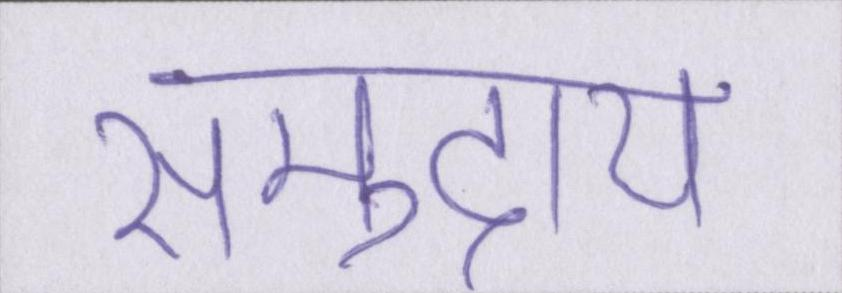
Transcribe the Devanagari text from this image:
समुदाय